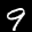
Label: 9